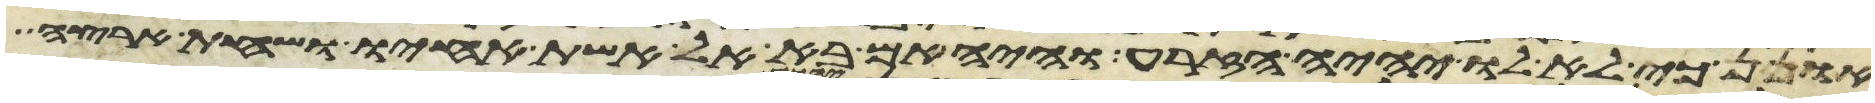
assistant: אונן כי לא לו יהיה הזרע והיה אם בא אל אשת אחיו ושחת ארצה